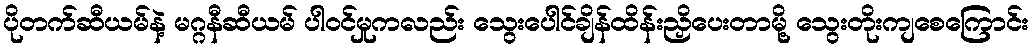
ပိုတက်ဆီယမ်နဲ့ မဂ္ဂနီဆီယမ် ပါဝင်မှုကလည်း သွေးပေါင်ချိန်ထိန်းညှိပေးတာမို့ သွေးတိုးကျစေကြောင်း